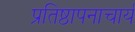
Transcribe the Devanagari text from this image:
प्रतिष्ठापनाचार्य